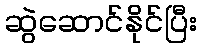
ဆွဲဆောင်နိုင်ပြီး